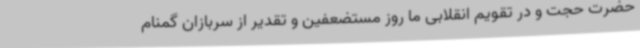
حضرت حجت و در تقویم انقلابی ما روز مستضعفین و تقدیر از سربازان گمنام